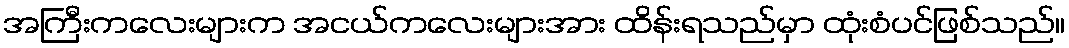
အကြီးကလေးများက အငယ်ကလေးများအား ထိန်းရသည်မှာ ထုံးစံပင်ဖြစ်သည်။